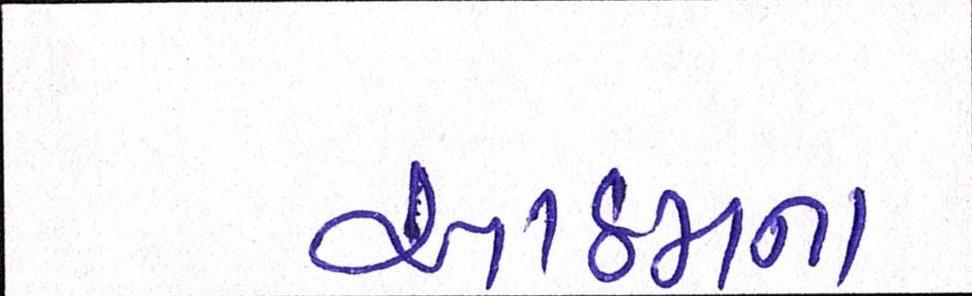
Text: આઠમના